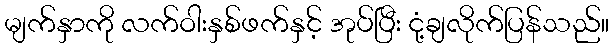
မျက်နှာကို လက်ဝါးနှစ်ဖက်နှင့် အုပ်ပြီး ငုံ့ချလိုက်ပြန်သည်။